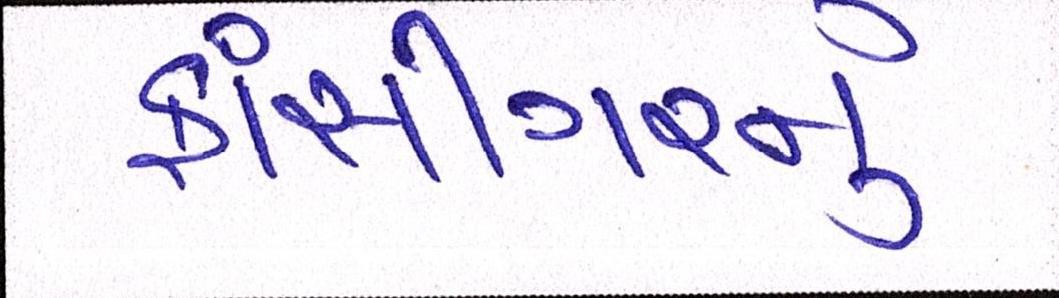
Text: ફાંસીગરનું